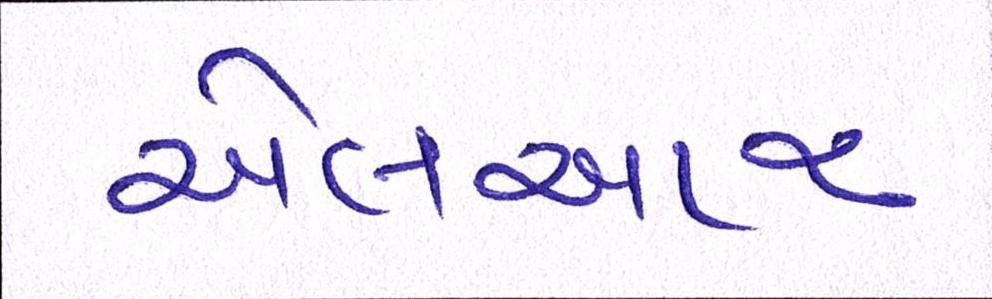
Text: એલઆર